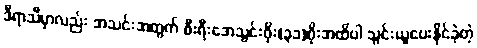
ဒီရာသီမှာလည်း အသင်းအတွက် စီးရီးအေသွင်းဂိုး(၃၁)ဂိုးအထိပါ သွင်းယူပေးနိုင်ခဲ့တဲ့